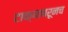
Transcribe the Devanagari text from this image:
टाक्यावरूनच